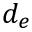
d _ { e }